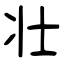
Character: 壮